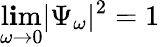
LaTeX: \operatorname*{l\mathbf{i}m}_{\omega\to0}|\Psi_{\omega}|^{2}=1